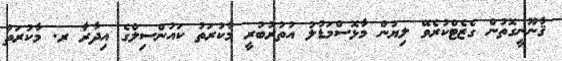
ޤާނޫނީގޮތުން ގެޒެޓްކުރެވޭ ލިޔުން މާޅޮސްމަޑުލު އުތުރުބުރީ މާކުރަތު ކައުންސިލްގެ އިދާރާ ރ. މާކުރަތު